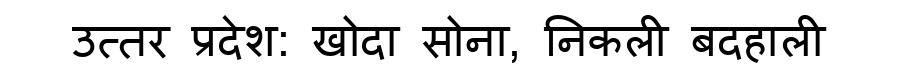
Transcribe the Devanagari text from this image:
उत्तर प्रदेश: खोदा सोना, निकली बदहाली